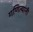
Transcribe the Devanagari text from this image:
गणित्यांनी